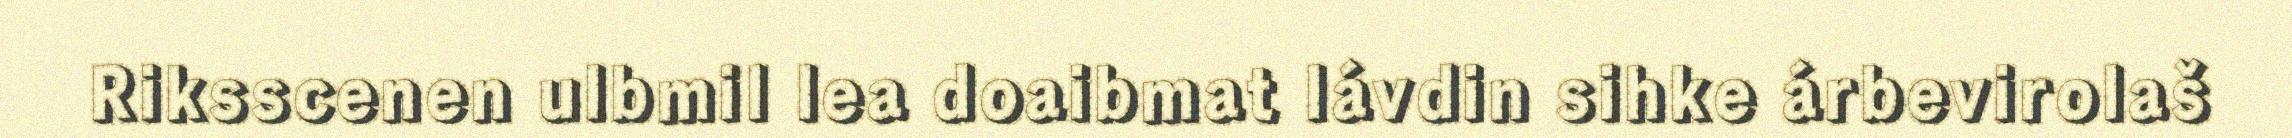
Riksscenen ulbmil lea doaibmat lávdin sihke árbevirolaš